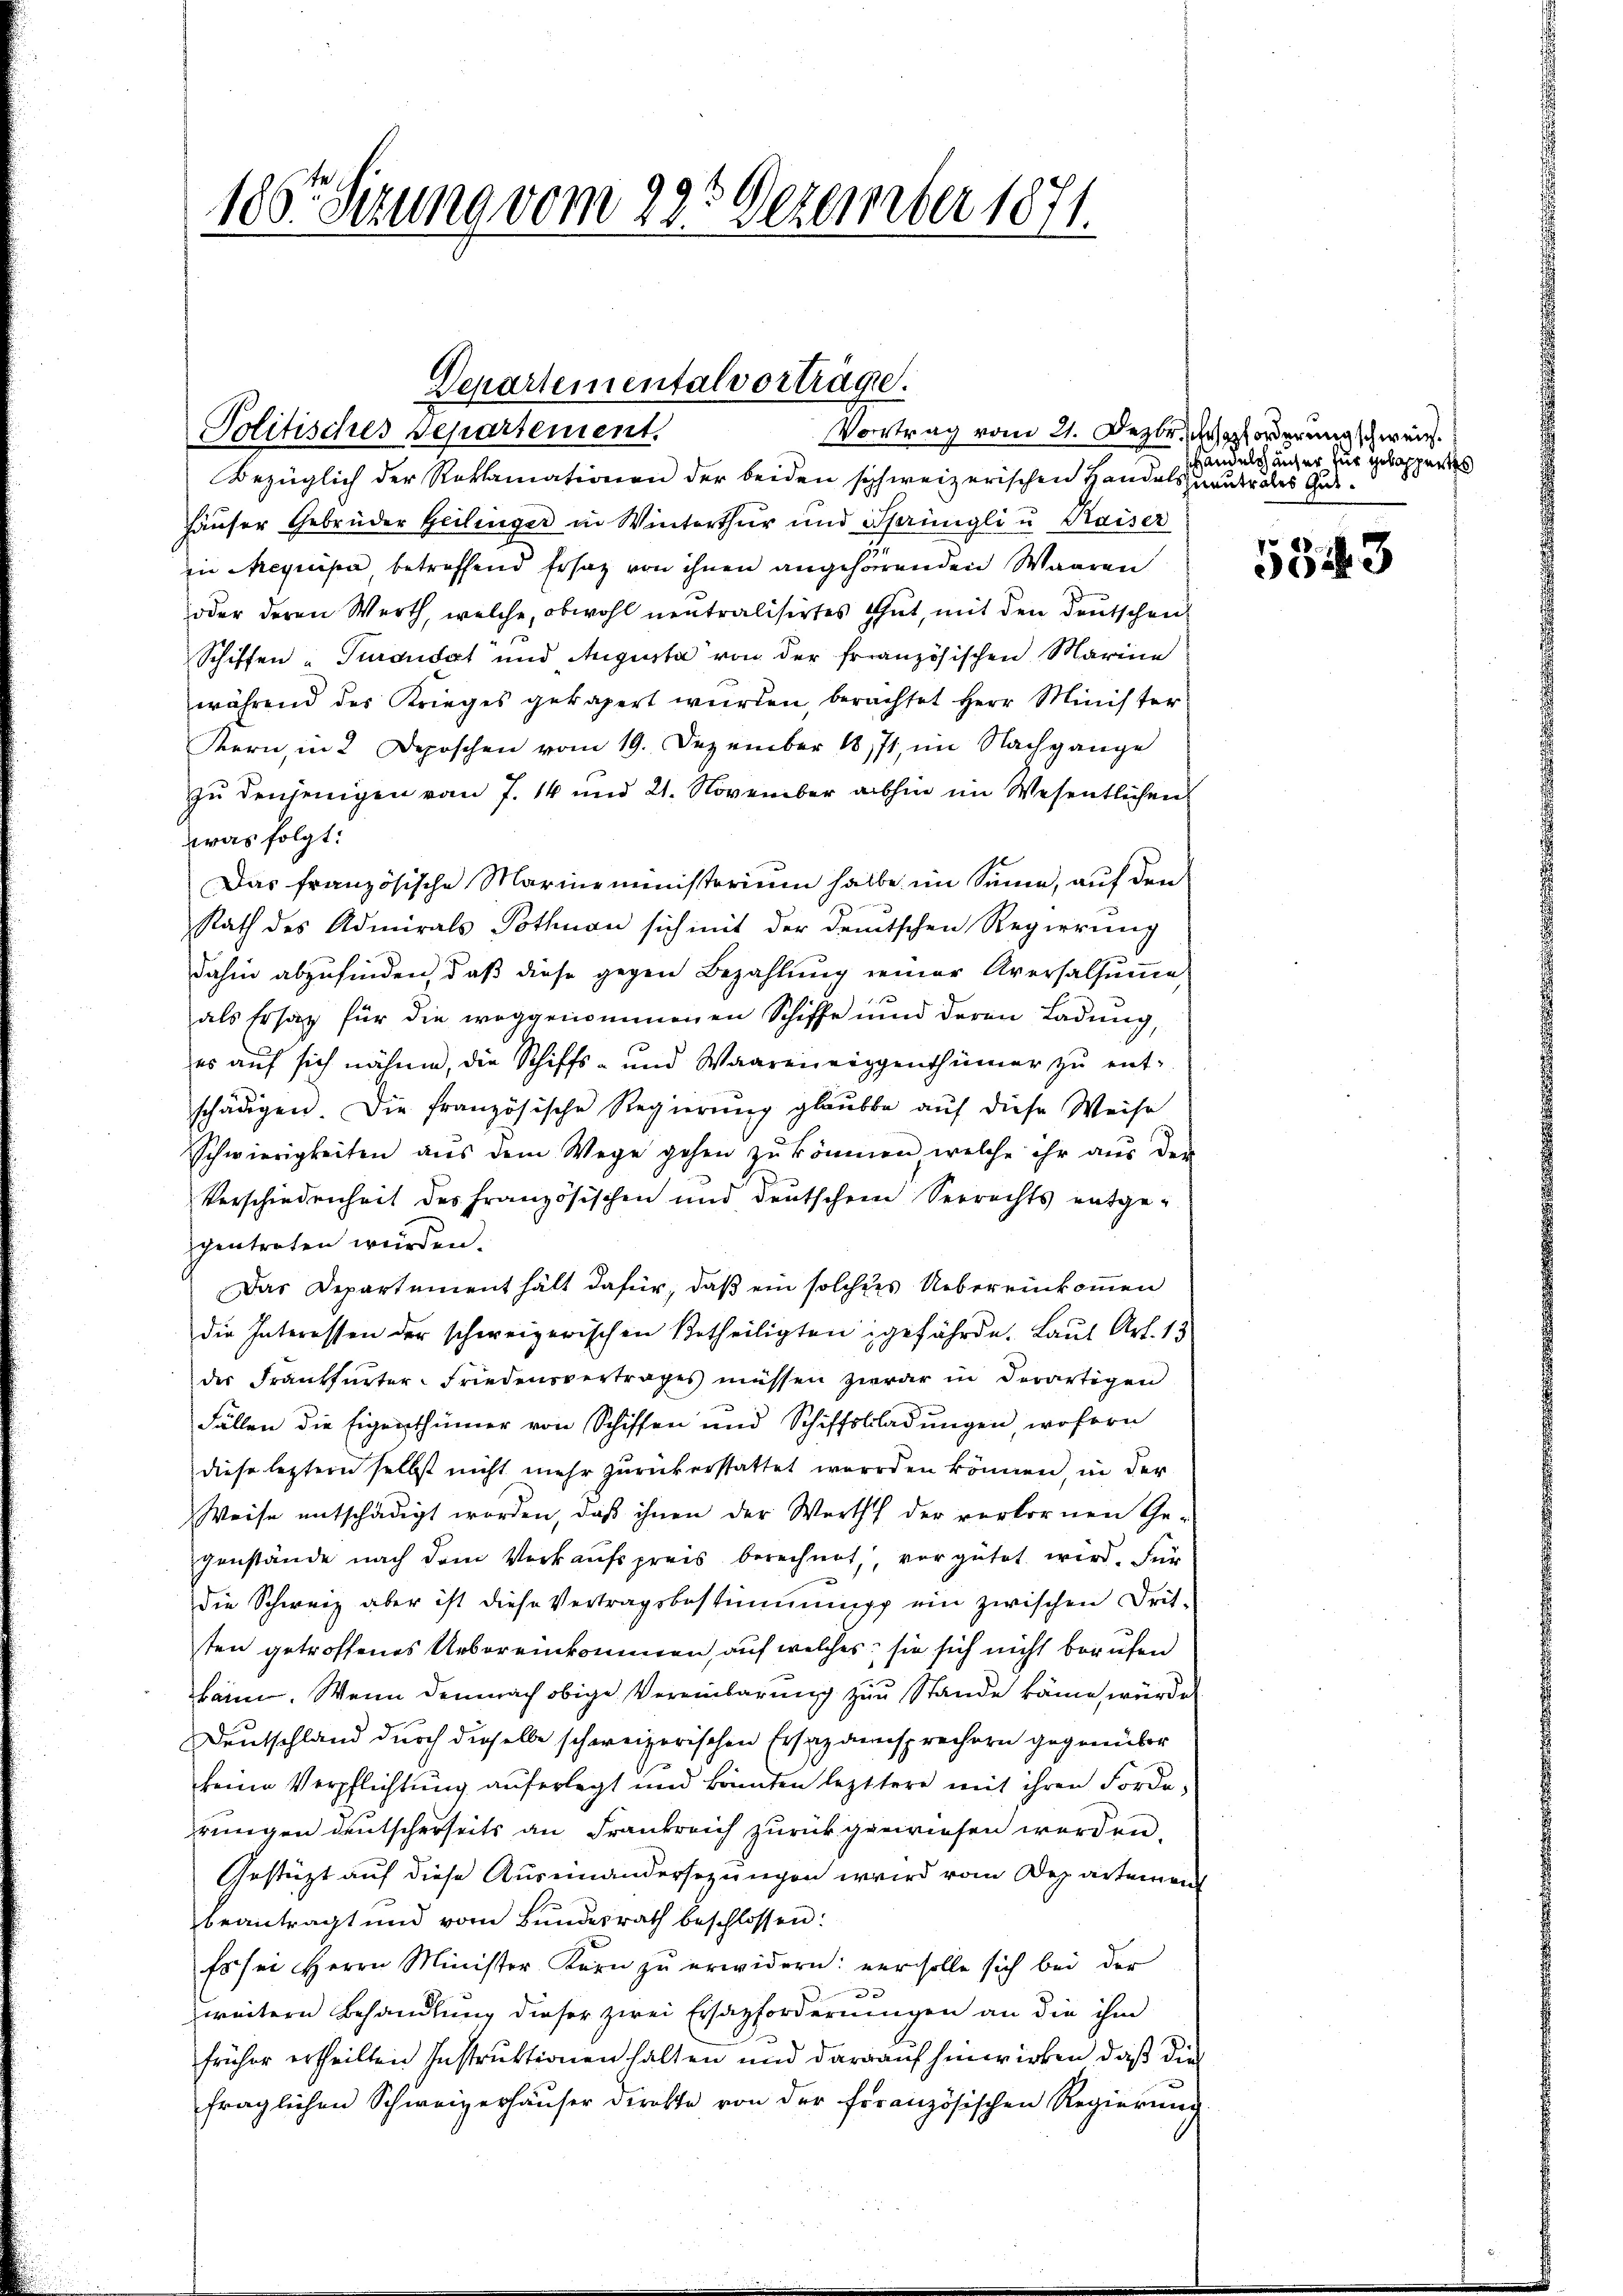
106ten Sizung vom 29. Dezember 1871

Departemental vorträge.
Politisches Departement.
Vortrag vom 21. Dezbr. forderung schweiz.

Bezüglich der Reklamationen der beiden schweizerischen Handelsuaudrales Gut¬
Häuser Gebrüder Geilinger in Winterthur und Scheinigli u. Kaiser
in Frequipa, betreffend Ersatz von ihnen angehörenden Waaren
oder deren Werth, welche, obwohl neutralisirtes Gut, mit den Deutschen
Schiffen-Turandat und Augusta von der französischen Marine
während des Krieges gekapert würden, berachtet Herr Minister
Kern, in 2 Deposchen vom 19. Dezember 1871, im Nachgange
zu denjenigen vom 7. 14 und 21. November abhin im Wesentlichen
was folgt:
Das französische Marineministerium halbe im Sinne, auf den
Rath des Admirals Pothnau sich mit der deutschen Regierung
dahin abzufinden, daß diese gegen Bezahlung einer Aversalsun
als Ersatz für die weggenommenen Schiffe und deren Ladung,
es auf sich nähme, die Schiffs- und Waareneiggenthümer zŭ ent-
schädigen. Die französische Regierung glaubbe auf diese Weise
Schwierigkeiten aŭs dem Wege gehen zŭ können, welche ihr aŭs der
Verschiedenheit des französischen und deutschen Verrechts entge-
gentreten würden.
Das Departementhält dafür, daß ein solches Uebereinkommen
die Interessen der schweizerischen Betheiligten gefährde. Laut Art. 13
der Frankfurter-Friedensvertrages müssen zwar in derartigen
Fällen die Eigenthümer von Schiffen und Schiffsladŭngen, wofern
diese letztern selbst nicht mehr zurückerstattet worden können, in der
Weise entschädigt worden, daß ihnen der Werth der verbornen Ge-
genstände nach dem Verkaufspreis berechnet, vergütet wird. Für
die Schweiz aber ist diese Vertragsbestimmung ein zwischen Drit-
ten getroffenes Uebereinkommen, auf welches, sie sich nicht berufen
kann. Wenn demnach obige Vereinbarung zur Stande käme, würde
Deutschland durch dieselbe schweizerischen Ersatzansprechern gegenüber
seine Verpflichtung auferlegt und könnten leztere mit ihren Forderungen deutscherseits an Frankreich zurückgewiesen werden.
Gestützt auf diese Auseinandersezungen wird vom Departement
beantragt und vom Bundesrath beschlossen:
Es sei Herrn Minister Korn zŭ erwidern: versolle sich bei der
weitern Behandlung dieser zwei Ersazforderungen an die ihm
früher ertheilten Instruktionen halten und darauf hinwirken, daß dies
fraglichen Schweizerhäuser direkte von der französischen Regierung

Handelshauser für gekappertes

5543